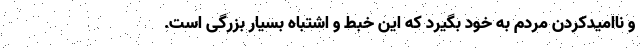
و ناامیدکردن مردم به خود بگیرد که این خبط و اشتباه بسیار بزرگی است.